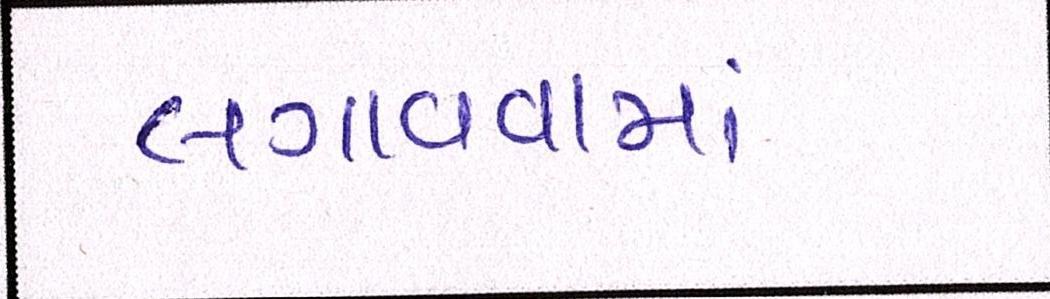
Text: લગાવવામાં